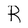
Character: R